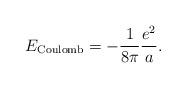
LaTeX: \begin{align*}E_{\rm Coulomb}=-{1\over8\pi}{e^2\over a}.\end{align*}